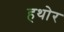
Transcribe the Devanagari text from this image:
हथोर